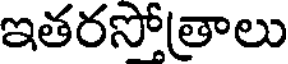
ఇతరసోత్రాలు